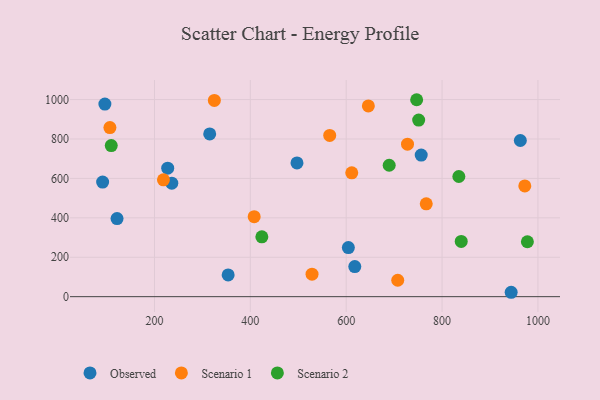
{"axis": {"x": "Engine Size", "y": "Fuel Efficiency"}, "legend": ["Observed", "Scenario 1", "Scenario 2"], "data": [{"x": "353.7", "y": 110.5, "type": "Observed"}, {"x": "91.8", "y": 581.1, "type": "Observed"}, {"x": "236.1", "y": 575.9, "type": "Observed"}, {"x": "604.5", "y": 249.1, "type": "Observed"}, {"x": "963.3", "y": 792.2, "type": "Observed"}, {"x": "121.9", "y": 396.0, "type": "Observed"}, {"x": "227.6", "y": 652.0, "type": "Observed"}, {"x": "944.2", "y": 22.3, "type": "Observed"}, {"x": "497.3", "y": 678.3, "type": "Observed"}, {"x": "96.5", "y": 977.1, "type": "Observed"}, {"x": "315.2", "y": 825.4, "type": "Observed"}, {"x": "617.9", "y": 152.6, "type": "Observed"}, {"x": "756.5", "y": 718.2, "type": "Observed"}, {"x": "107.0", "y": 857.8, "type": "Scenario 1"}, {"x": "707.5", "y": 83.3, "type": "Scenario 1"}, {"x": "727.9", "y": 773.5, "type": "Scenario 1"}, {"x": "767.0", "y": 471.0, "type": "Scenario 1"}, {"x": "408.0", "y": 406.0, "type": "Scenario 1"}, {"x": "324.9", "y": 995.3, "type": "Scenario 1"}, {"x": "611.6", "y": 628.3, "type": "Scenario 1"}, {"x": "646.2", "y": 967.5, "type": "Scenario 1"}, {"x": "218.7", "y": 593.0, "type": "Scenario 1"}, {"x": "565.6", "y": 817.9, "type": "Scenario 1"}, {"x": "972.6", "y": 561.9, "type": "Scenario 1"}, {"x": "528.7", "y": 113.9, "type": "Scenario 1"}, {"x": "424.0", "y": 303.4, "type": "Scenario 2"}, {"x": "835.0", "y": 609.7, "type": "Scenario 2"}, {"x": "978.0", "y": 278.7, "type": "Scenario 2"}, {"x": "689.7", "y": 666.8, "type": "Scenario 2"}, {"x": "109.8", "y": 766.4, "type": "Scenario 2"}, {"x": "751.2", "y": 895.7, "type": "Scenario 2"}, {"x": "840.0", "y": 280.1, "type": "Scenario 2"}, {"x": "747.0", "y": 999.1, "type": "Scenario 2"}]}